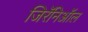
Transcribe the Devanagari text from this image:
जिरॅनिऑल